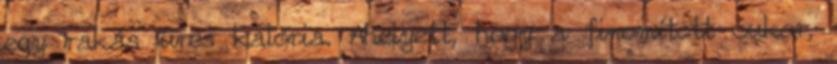
egy rakás üres kalória. Ahelyett, hogy a finomított cukor,